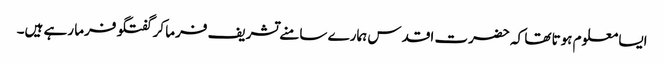
ایسا معلوم ہوتا تھا کہ حضرت اقدس ہمارے سامنے تشریف فرما کر گفتگو فرما رہے ہیں۔